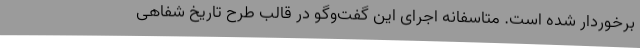
برخوردار شده است. متاسفانه اجرای این گفت‌وگو در قالب طرح تاریخ شفاهی